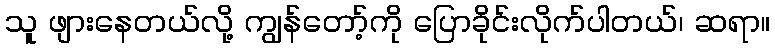
သူ ဖျားနေတယ်လို့ ကျွန်တော့်ကို ပြောခိုင်းလိုက်ပါတယ်၊ ဆရာ။